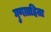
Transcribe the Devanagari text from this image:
गुणग्राहिता